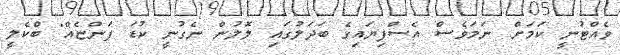
ވެއްޓުނީ ކަމަށް. ނަމަވެސް އެސްފިޔައިގެ ބަދަލުގައި ލޮލުން ނެގުނީ ކުޑަ ފަންޏެއް" ބްކެލީ